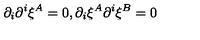
\partial _ { i } \partial ^ { i } \xi ^ { A } = 0 , \partial _ { i } \xi ^ { A } \partial ^ { i } \xi ^ { B } = 0